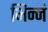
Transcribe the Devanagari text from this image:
भिन्नं